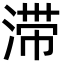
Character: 滞